65_HS1-834228961_62-HQ-83894_Serial_130
Agency: FBI
Page 10
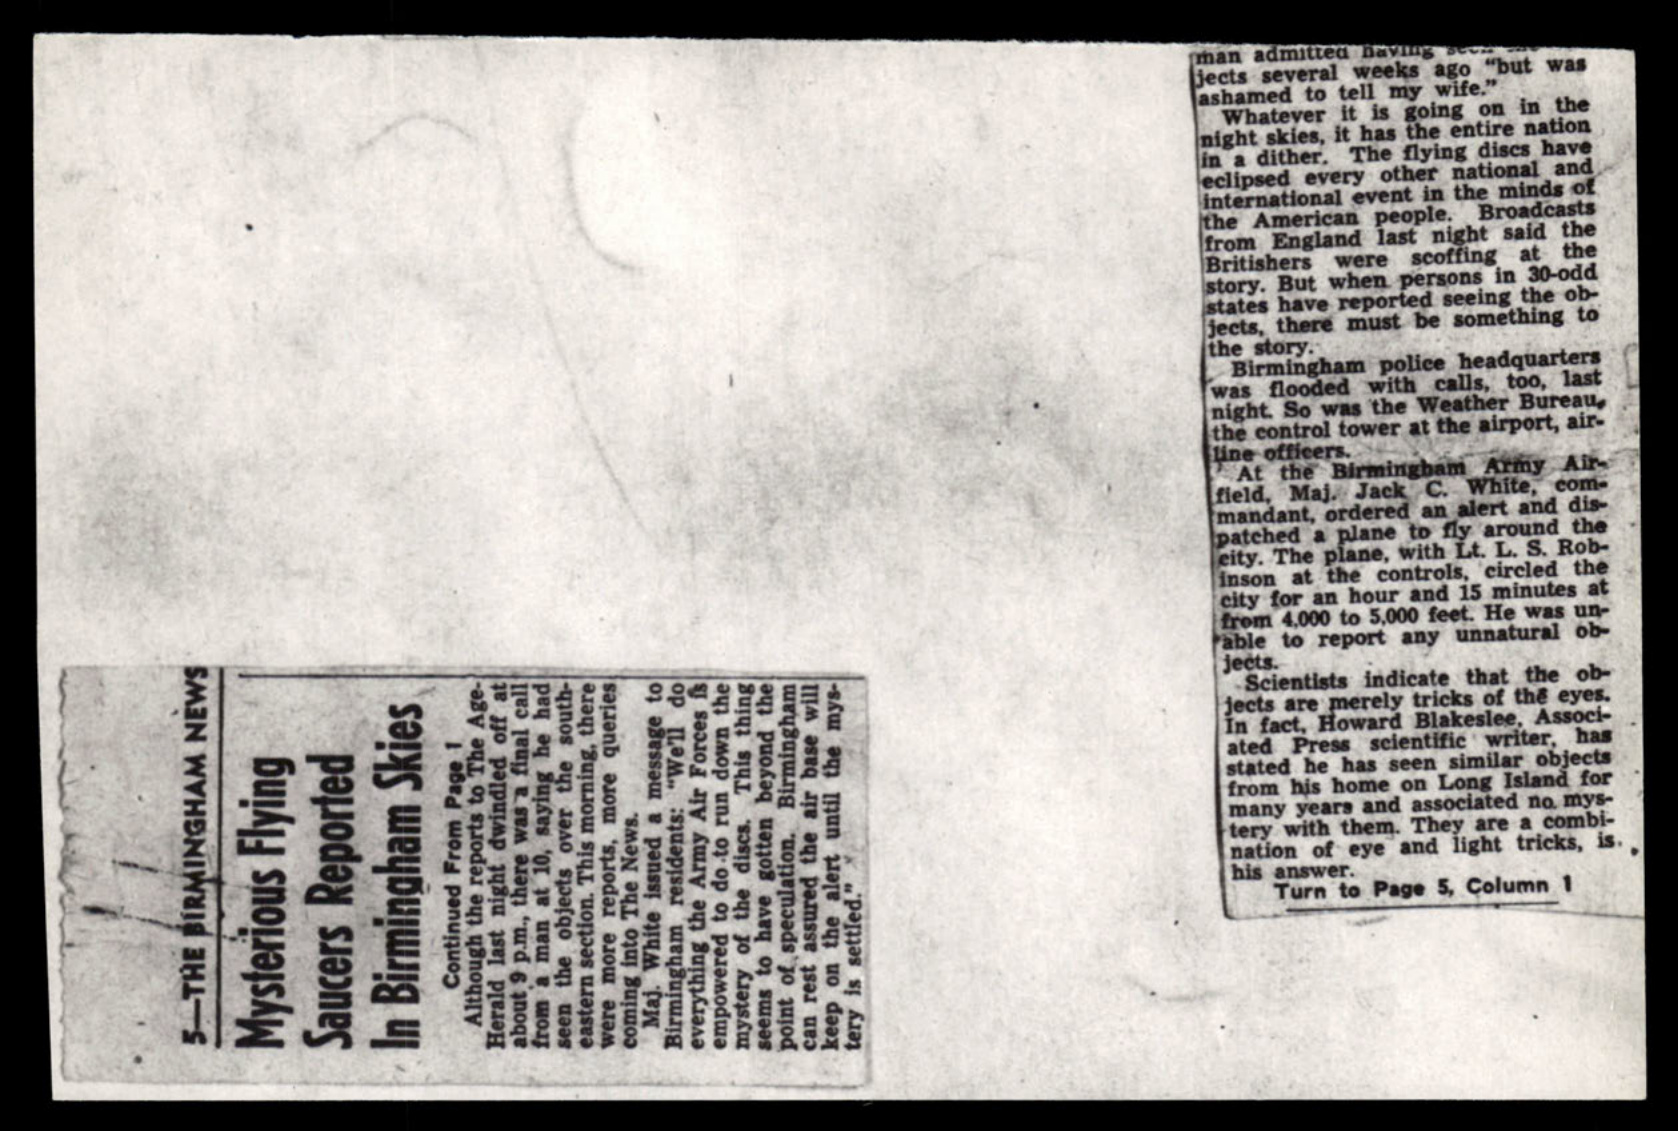